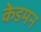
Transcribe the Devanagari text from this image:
केडमन